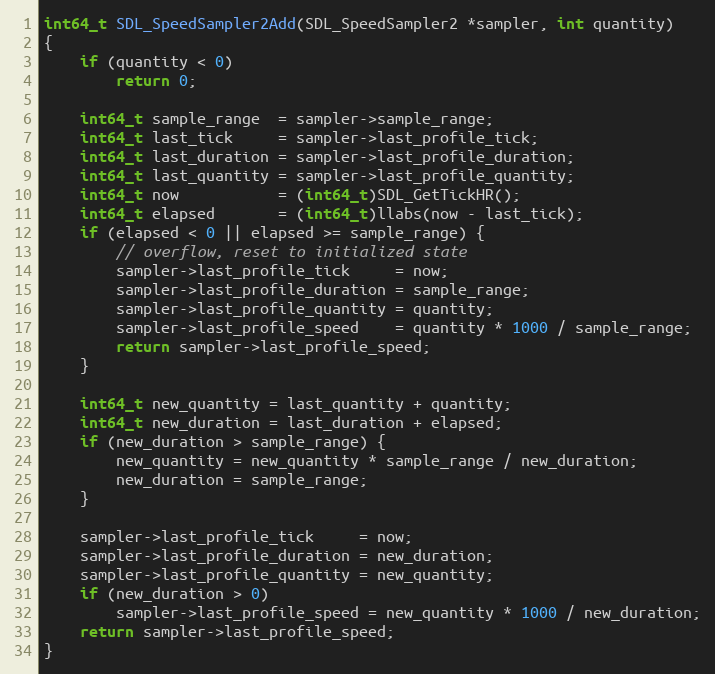
Language: C
int64_t SDL_SpeedSampler2Add(SDL_SpeedSampler2 *sampler, int quantity)
{
    if (quantity < 0)
        return 0;

    int64_t sample_range  = sampler->sample_range;
    int64_t last_tick     = sampler->last_profile_tick;
    int64_t last_duration = sampler->last_profile_duration;
    int64_t last_quantity = sampler->last_profile_quantity;
    int64_t now           = (int64_t)SDL_GetTickHR();
    int64_t elapsed       = (int64_t)llabs(now - last_tick);
    if (elapsed < 0 || elapsed >= sample_range) {
        // overflow, reset to initialized state
        sampler->last_profile_tick     = now;
        sampler->last_profile_duration = sample_range;
        sampler->last_profile_quantity = quantity;
        sampler->last_profile_speed    = quantity * 1000 / sample_range;
        return sampler->last_profile_speed;
    }

    int64_t new_quantity = last_quantity + quantity;
    int64_t new_duration = last_duration + elapsed;
    if (new_duration > sample_range) {
        new_quantity = new_quantity * sample_range / new_duration;
        new_duration = sample_range;
    }

    sampler->last_profile_tick     = now;
    sampler->last_profile_duration = new_duration;
    sampler->last_profile_quantity = new_quantity;
    if (new_duration > 0)
        sampler->last_profile_speed = new_quantity * 1000 / new_duration;
    return sampler->last_profile_speed;
}